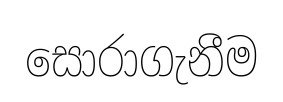
සොරාගැනීම